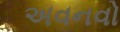
અવનવો